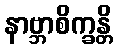
နာဗ္ဘာစိက္ခန္တိ